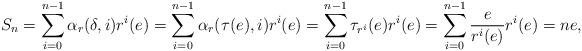
LaTeX: \begin{align*}S_n = \sum_{i=0}^{n-1} \alpha_r(\delta,i) r^i(e) = \sum_{i=0}^{n-1} \alpha_r(\tau(e),i) r^i(e) = \sum_{i=0}^{n-1} \tau_{r^i}(e) r^i(e) = \sum_{i=0}^{n-1} \frac{e}{r^i(e)} r^i(e) = ne,\end{align*}